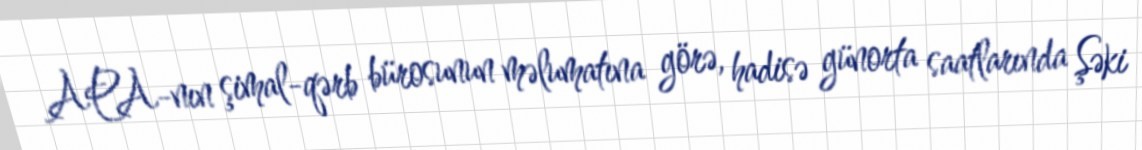
APA-nın şimal-qərb bürosunun məlumatına görə, hadisə günorta saatlarında Şəki